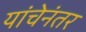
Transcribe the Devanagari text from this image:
यांचेनंतर